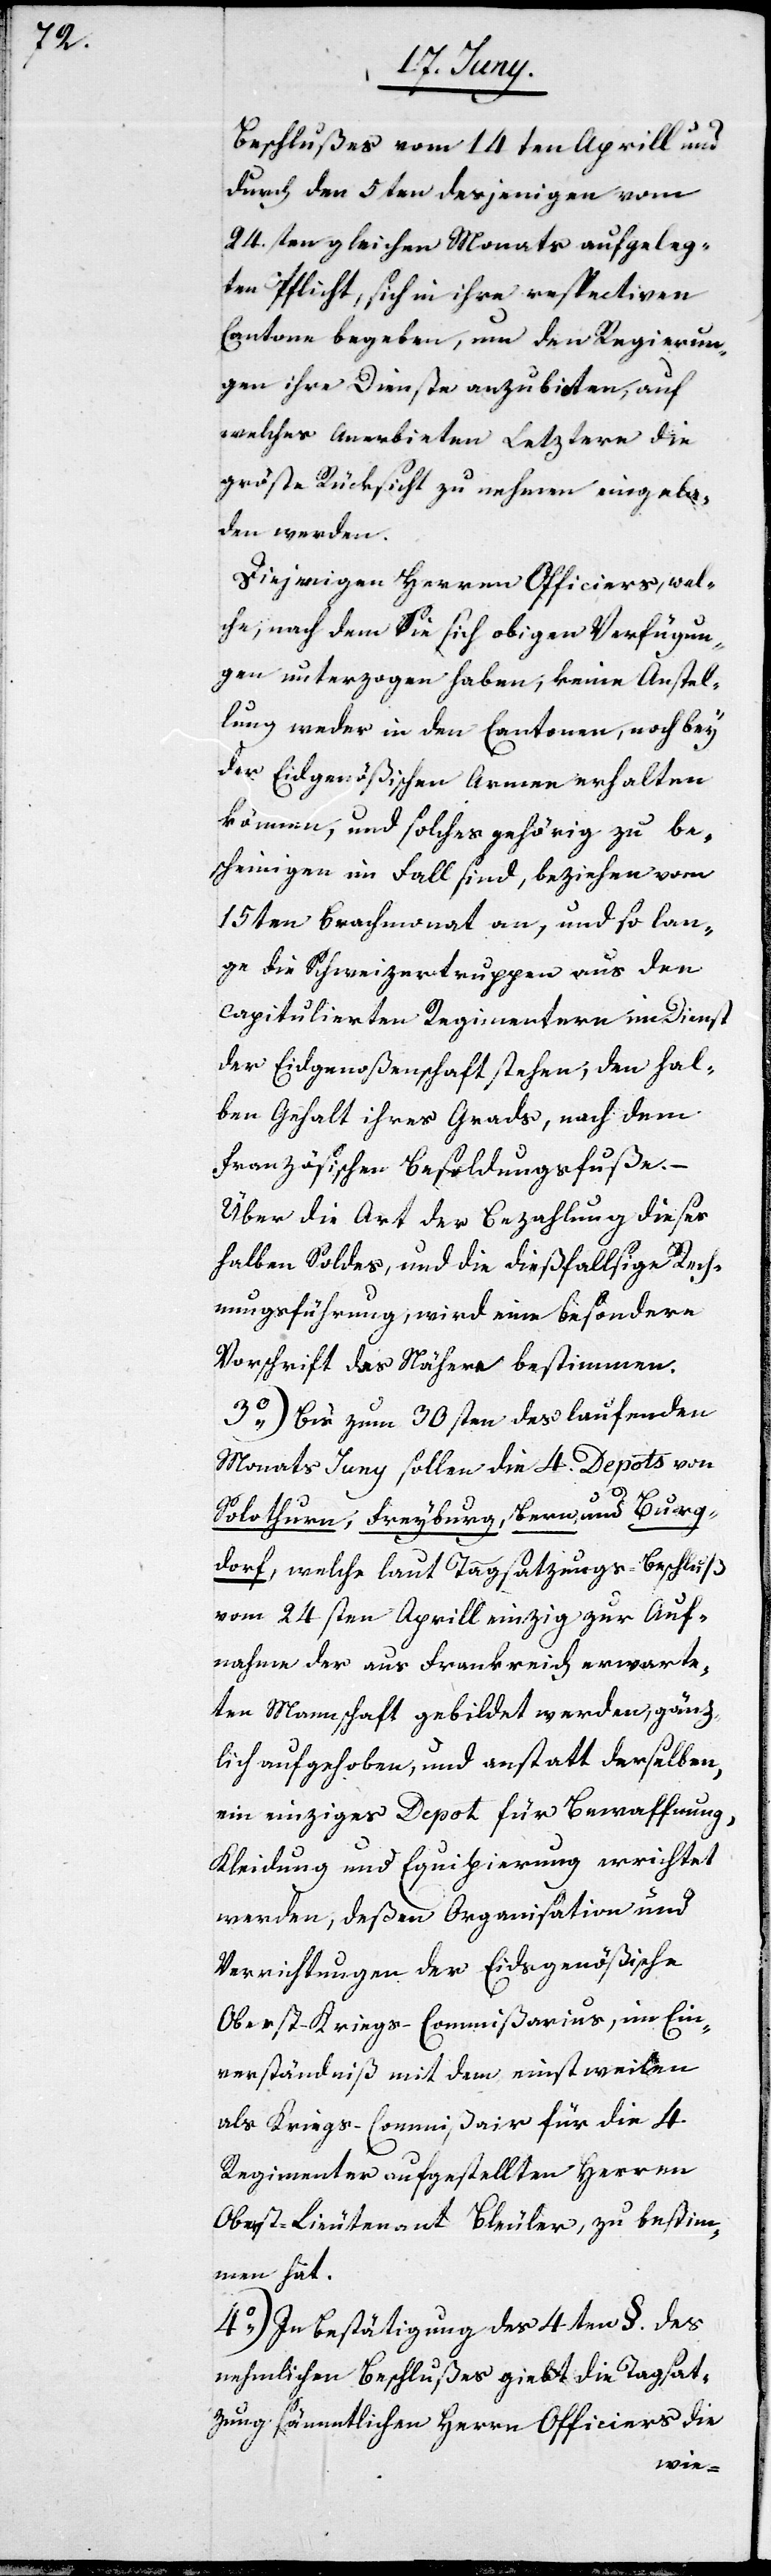
Beschlußes vom 14ten Aprill und
durch den 5ten desjenigen vom
24.sten gleichen Monats aufgeleg¬
ten Pflicht, sich in ihre respectiven
Cantone begeben, um den Regierun¬
gen ihre Dienste anzubieten, auf
welches Anerbieten Letztere die
größte Rücksicht zu nehmen eingela¬
den werden.
Diejenigen Herren Officiers, wel¬
che, nach dem Sie sich obigen Verfügun¬
gen unterzogen haben, keine Anstel¬
lungen weder in den Cantonen, noch bey
der Eydgenößischen Armee erhalten
können, und solches gehörig zu be¬
scheinigen im Fall sind, beziehen vom
15ten Brachmonat an, und so lan¬
ge die Schweizertruppen aus den
capitulierten Regimentern in Dienst
der Eidgenoßenschaft stehen, den hal¬
ben Gehalt ihres Grads, nach dem
Französischen Besoldungsfuße.
Über die Art der Bezahlung dieses
halben Soldes, und die dießfällige Rech¬
nungsführung, wird eine besondere
Vorschrift das Nähere bestimmen.
3o) Bis zum 30sten des laufenden
Monats Juny sollen die 4. Depots von
Solothurn, Freyburg, Bern, und Burg¬
dorf, welche laut Tagsatzungsbeschluß
vom 24sten Aprill einzig zur Auf¬
nahme der aus Frankreich erwarte¬
ten Mannschaft gebildet werden, gänz¬
lich aufgehoben, und anstatt derselben,
ein einziges Depot für Bewaffnung,
Kleidung und Equipierung errichtet
werden, deßen Organisation und
Verrichtungen der Eidsgenößische
Oberst-Kriegs-Commißair, im Ein¬
verständnis mit dem einstweilen
als Kriegs-Commißair für die 4.
Regimenter aufgestellten Herren
Oberst-Lieutenant Bleuler, zu bestim¬
men hat.
4o) In Bestätigung des 4ten §. des
nehmlichen Beschlußes giebt die Tagsat¬
zung sämmtlichen Herrn Officiers die